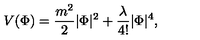
V ( \Phi ) = \frac { m ^ { 2 } } { 2 } | \Phi | ^ { 2 } + \frac { \lambda } { 4 ! } | \Phi | ^ { 4 } ,